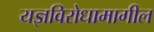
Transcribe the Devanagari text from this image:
यज्ञविरोधामागील